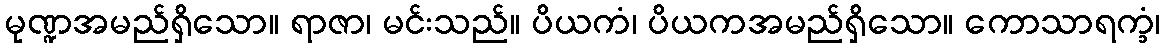
မုဏ္ဍအမည်ရှိသော။ ရာဇာ၊ မင်းသည်။ ပိယကံ၊ ပိယကအမည်ရှိသော။ ကောသာရက္ခံ၊